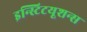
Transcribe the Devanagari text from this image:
इन्स्टिटयूशन्स